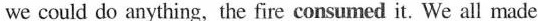
we could do anything, the fire consumed it. We all made